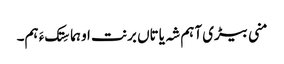
منی بیڑی آہم شہ یاتاں برنت او ہما سِتک ءَ ہم۔